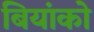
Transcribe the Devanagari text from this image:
बियांको